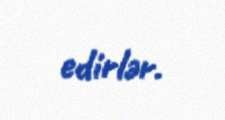
edirlər.